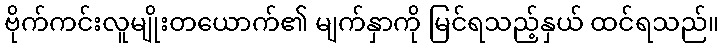
ဗိုက်ကင်းလူမျိုးတယောက်၏ မျက်နှာကို မြင်ရသည့်နှယ် ထင်ရသည်။